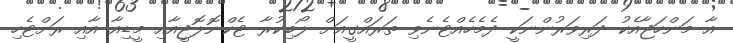
އާ މަންހަޖާއެކު ދަރިވަރުންނަކީ ދެމެހެއްޓެނެވި ތަރައްގީއަށް ލޯބިކުރާ ޓެކްނޮލޮޖީއާއި މީޑިއާ އާއި ރަށްޓެހި